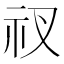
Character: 𥘓